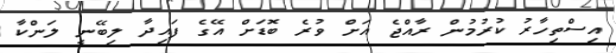
އިސްތިހާރު ކުރުމުން ރާއްޖެ އަށް ވުރެ ބޮޑަށް އޭގެ ފައިދާ ލިބޭނީ ލަންކާ